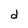
Character: d